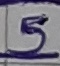
Text: 5